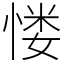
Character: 㥪